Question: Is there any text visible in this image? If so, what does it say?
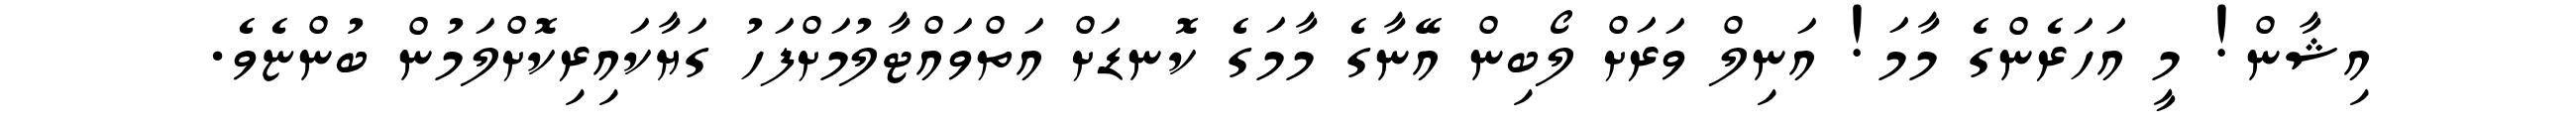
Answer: އިޝާން! މީ އަހަރެންގެ މާމަ! އަނިލް ވަރަށް ލޯބިން އޭނާގެ މާމަގެ ކޮނޑަށް އަތްވައްޓާލުމަށްފަހު ގަޔާކައިރިކޮށްލަމުން ބުންޏެވެ.